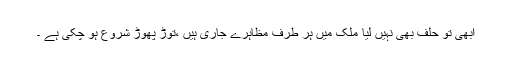
ابھی تو حلف بھی نہیں لیا ملک میں ہر طرف مظاہرے جاری ہیں ،توڑ پھوڑ شروع ہو چکی ہے ۔